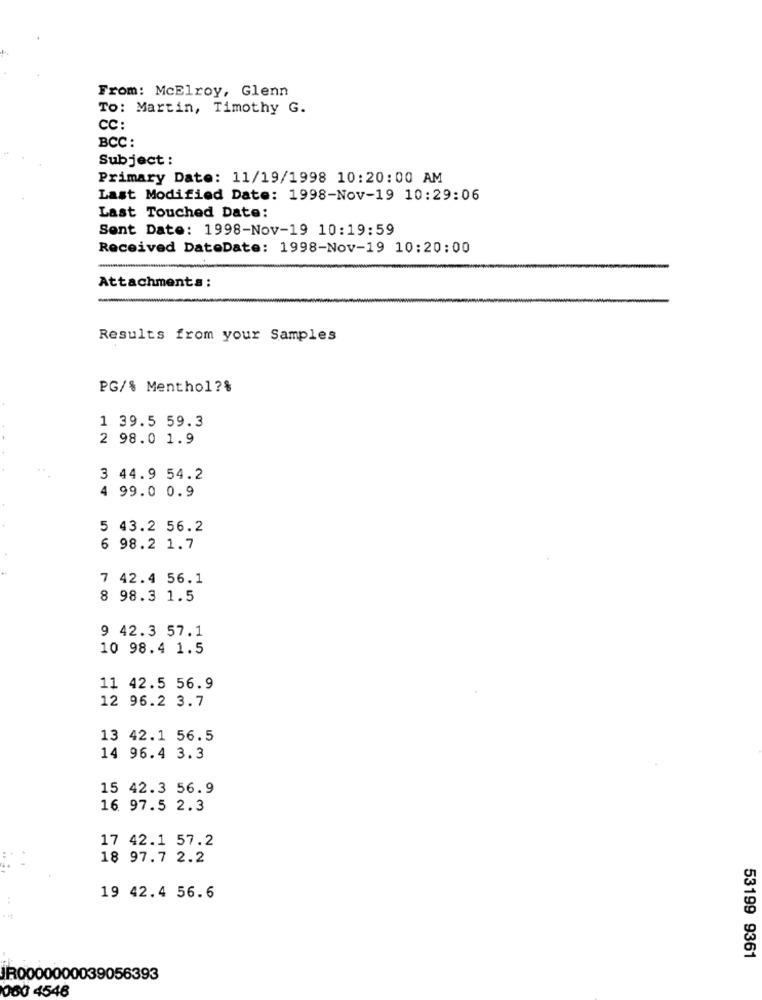
From: McElroy, Glenn
TO: Martin, Timothy G.
CC:
BCC:
Subject :
Primary Date: 11/19/1998 10:20:00 AM
Last Modified Date: 1998-Nov-19 10:29:06
Last Touched Date:
Sent Date: 1998-Nov-19 10:19:59
Received DateDate: 1998-Nov-19 10:20:00
Attachments:
Results from your Samples
PG/% Menthol?%
1 39.5 59.3
2 98.0 1.9
3 44.9 54.2
4 99.0 0.9
5 43.2 56.2
6 98.2 1.7
7 42.4 56.1
8 98.3 1.5
9 42.3 57.1
10 98.4 1.5
11 42.5 56.9
12 96.2 3.7
13 42.1 56.5
14 96.4 3.3
15 42.3 56.9
16. 97.5 2.3
17 42.1 57.2
18 97.7 2.2
19 42.4 56.6
53199 9361
JR0000000039056393
060 4546